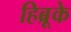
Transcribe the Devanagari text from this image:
हिब्रूके